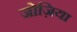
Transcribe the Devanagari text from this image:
जोज़िया